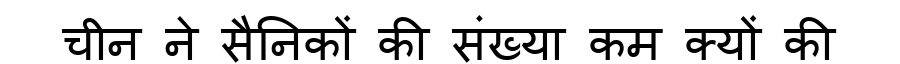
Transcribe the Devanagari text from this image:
चीन ने सैनिकों की संख्या कम क्यों की